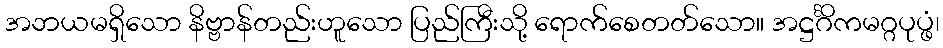
အဘယမရှိသော နိဗ္ဗာန်တည်းဟူသော ပြည်ကြီးသို့ ရောက်စေတတ်သော။ အဋ္ဌင်္ဂိကမဂ္ဂပုပ္ဖံ၊